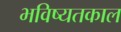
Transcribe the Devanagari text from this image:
भविष्यतकाल